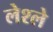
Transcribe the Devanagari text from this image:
लेश्ले